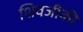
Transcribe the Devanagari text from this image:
शिवजीकी